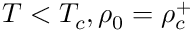
T < T _ { c } , \rho _ { 0 } = \rho _ { c } ^ { + }